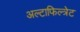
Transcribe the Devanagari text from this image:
अल्टाफिल्त्रेट